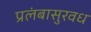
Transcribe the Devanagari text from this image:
प्रलंबासुरवध